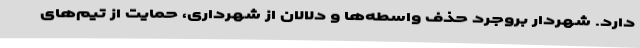
دارد. شهردار بروجرد حذف واسطه‌ها و دلالان از شهرداری، حمایت از تیم‌های